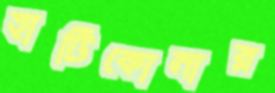
হাটিকোনার